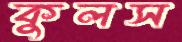
কুলস